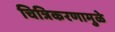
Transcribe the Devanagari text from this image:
चित्रिकरणामुळे